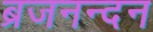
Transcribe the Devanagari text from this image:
ब्रजनन्दन